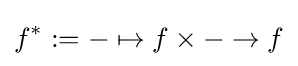
f^{*}:=-\mapsto f\times -\rightarrow f